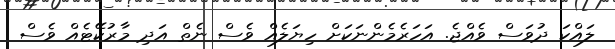
ލައްކަ ދުވަސް ވެއްޖެ. އަހަރެމެންނަކަށް ހިޔަލެއް ވެސް ނެތް އަދި މާރުކޭޓެއް ވެސް